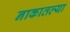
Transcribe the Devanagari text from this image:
नाकातल्या